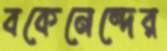
বকেনেন্দের